Martna_vallavalitsus, lk 4
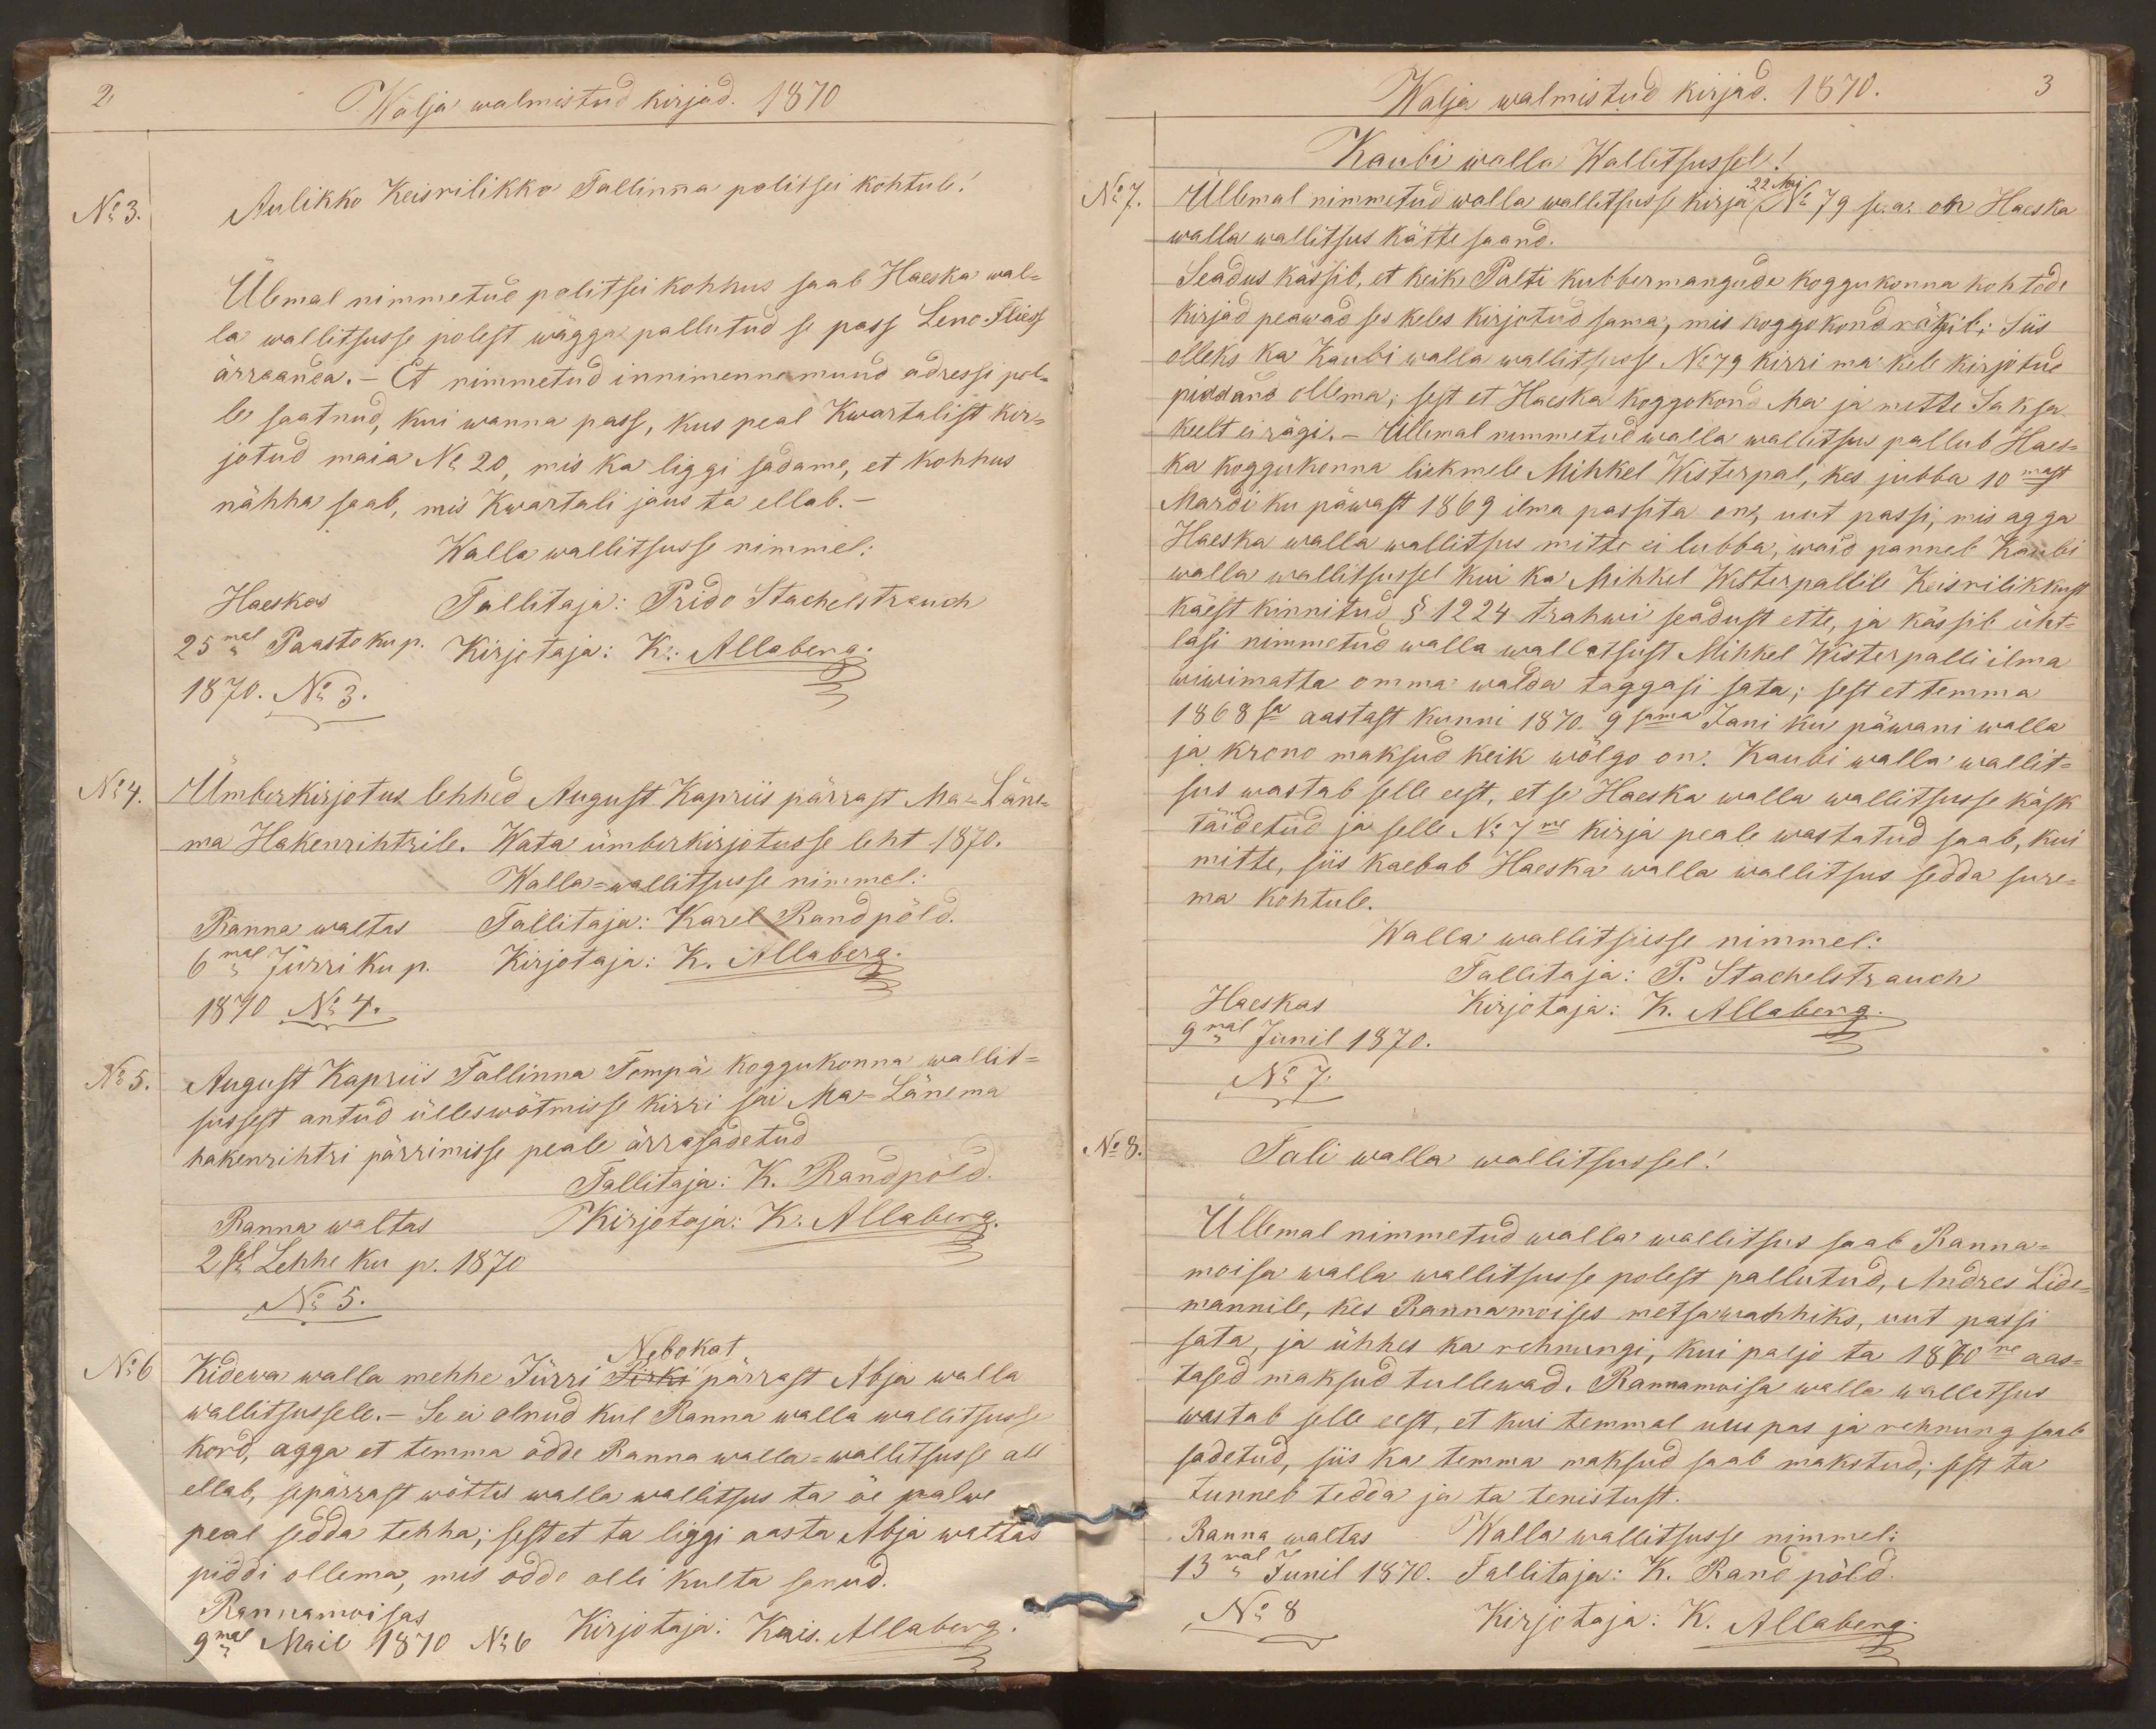
Wälja walmistud kirjad. 1870
No 3.
Aulikko Keisrilikko Tallinna politsei kohtule!
Ülemal nimmetud politsei kohhus saab Haeska wal-
la wallitsusse polest wägga pallutud se pass Leno Fliess
ärraanda. - Et nimmetud innimenne muud adressi pol-
le saatnud, kui wanna pass, kus peal Kwartalist kir-
jotud maia No 20, mis ka liggi sadame, et kohhus
nähha saab, mis Kwartali jaus ta ellab.-
Walla wallitsusse nimmel:
Haeskas
Tallitaja: Prido Stachelstrauch
25mal Paasto ku p.
Kirjotaja: K. Allaberg.
1870. No 3.
No 4.
Ümberkirjotus lehhed August Kapriis pärrast Ma-Läne-
ma Hakenrihtrile. Wata ümberkirjotusse leht 1870.
Walla-wallitsusse nimmel:
Ranna waltas
Tallitaja: Karel Randpõld.
6mal Jürri ku p.
Kirjotaja: K. Allaberg.
1870 No 4
No 5.
August Kapriis Tallinna Tompä koggukonna wallit-
sussest antud ülleswõtmisse kirri sai Ma-Länema
hakenrihtri pärrimisse peale ärrasadetud
Tallitaja: K. Randpõld.
Ranna waltas.
Kirjotaja: K. Allaberg.
2sel Lehhe ku p. 1870
No 5.
Nebokat
No 6
Kidewa walla mehhe Jürri Pirki pärrast Abja walla
wallitsussele.- Se ei olnud kul Ranna walla wallitsusse
kord, agga et temma õdde Ranna walla-wallitsusse all
ellab, sepärrast wõttis walla wallitsus ta õe palwe
peal sedda tehha; sest et ta liggi aasta Abja waltas
piddi ollema, mis odde olli kulta sanud.
Rannamoisas
9mal Mail 1870 No 6
Kirjotaja: Kris. Allaberg

Walja walmistud kirjad. 1870.
3
Kaubi walla Wallitsussel !
22 Mai
No 7.
Üllemal nimmetud walla wallitsusse kirja No 79 se. a. on Haeska
walla wallitsus kätte saand.
Seadus kässib, et keik Palti kubbermangude koggukonna kohtode
kirjad peawad ses keles kirjotud sama, mis koggokond rägib; Siis
olleks ka Kaubi walla wallitsusse No 79 kirri ma kele kirjotud
piddama ollema; sest et Haeska koggokond Ma ja mette Saksa
keelt ei rägi. - Üllemal nimmetud walla wallitsus pallub Haes-
ka koggukonna liikmele Mihkel Wisterpal, kes jubba 10mast
Mardi ku päwast 1869 ilma passita on, uut passi, mis agga
Haeska walla wallitsus mitte ei lubba, waid panneb Kaubi
walla wallitsussel kui ka Mihkel Wisterpallile Keisrilikkust
käest kinnitud, § 1224 trahwi seadust ette, ja kässib üht-
lasi nimmetud walla wallitsust Mihkel Wisterpalli ilma
wiwimatta omma walda taggasi sata; sest et temma
1868sa aastast kunni 1870. 9sama Jani ku päwani walla
ja krono maksud keik wõlgo on. Kaubi walla wallit-
sus wastab selle eest, et se Haeska walla wallitsusse käsk
täidetud ja selle No 7me kirja peale wastatud saab, kui
mitte, siis kaebab Haeska walla wallitsus sedda sure-
ma kohtule.
Walla wallitsusse nimmel:
Tallitaja: P. Stachelstrauch
Haeskas
Kirjotaja: K. Allaberg.
9mal Junil 1870.
No 7
No 8.
Tali walla wallitsussel!
Üllemal nimmetud walla wallitsus saab Ranna-
moisa walla wallitsusse polest pallutud, Andres Lide-
mannile, kes Rannamoises metsawahhiks, uut passi
sata, ja ühhes ka rehnungi, kui paljo ta 1870ne aas-
tased maksud tullewad. Rannamoisa walla wallitsus
wastab selle eest, et kui temmal uus pas ja rehnung saab
sadetud, siis ka temma maksud saab makstud; sest ta
tunneb tedda ja ta tenistust.
Ranna waltas
Walla wallitsusse nimmel:
13mal Junil 1870.
Tallitaja: K. Randpõld.
No 8
Kirjotaja: K. Allaberg